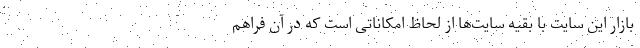
بازار این سایت با بقیه سایت‌ها از لحاظ امکاناتی است که در آن فراهم